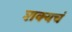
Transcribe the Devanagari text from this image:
शक्यचं